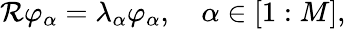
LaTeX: \begin{array}{r}{\mathcal{R}\varphi_{\alpha}=\lambda_{\alpha}\varphi_{\alpha},\quad\alpha\in[1:M],}\end{array}